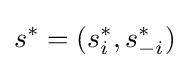
s^{*}=(s_{i}^{*},s_{-i}^{*})